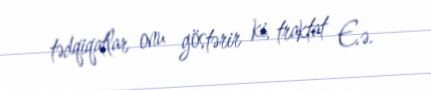
tədqiqatlar onu göstərir ki, traktat E.ə.